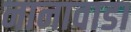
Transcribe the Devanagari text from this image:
नानावाडा